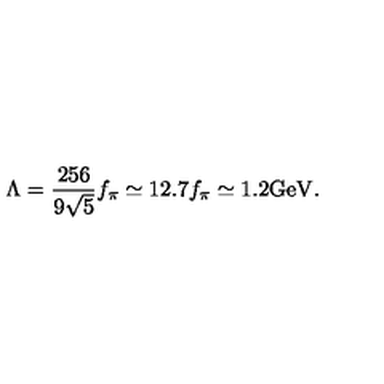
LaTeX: \Lambda = \frac { 2 5 6 } { 9 \sqrt { 5 } } f _ { \pi } \simeq 1 2 . 7 f _ { \pi } \simeq 1 . 2 \mathrm { G e V } .